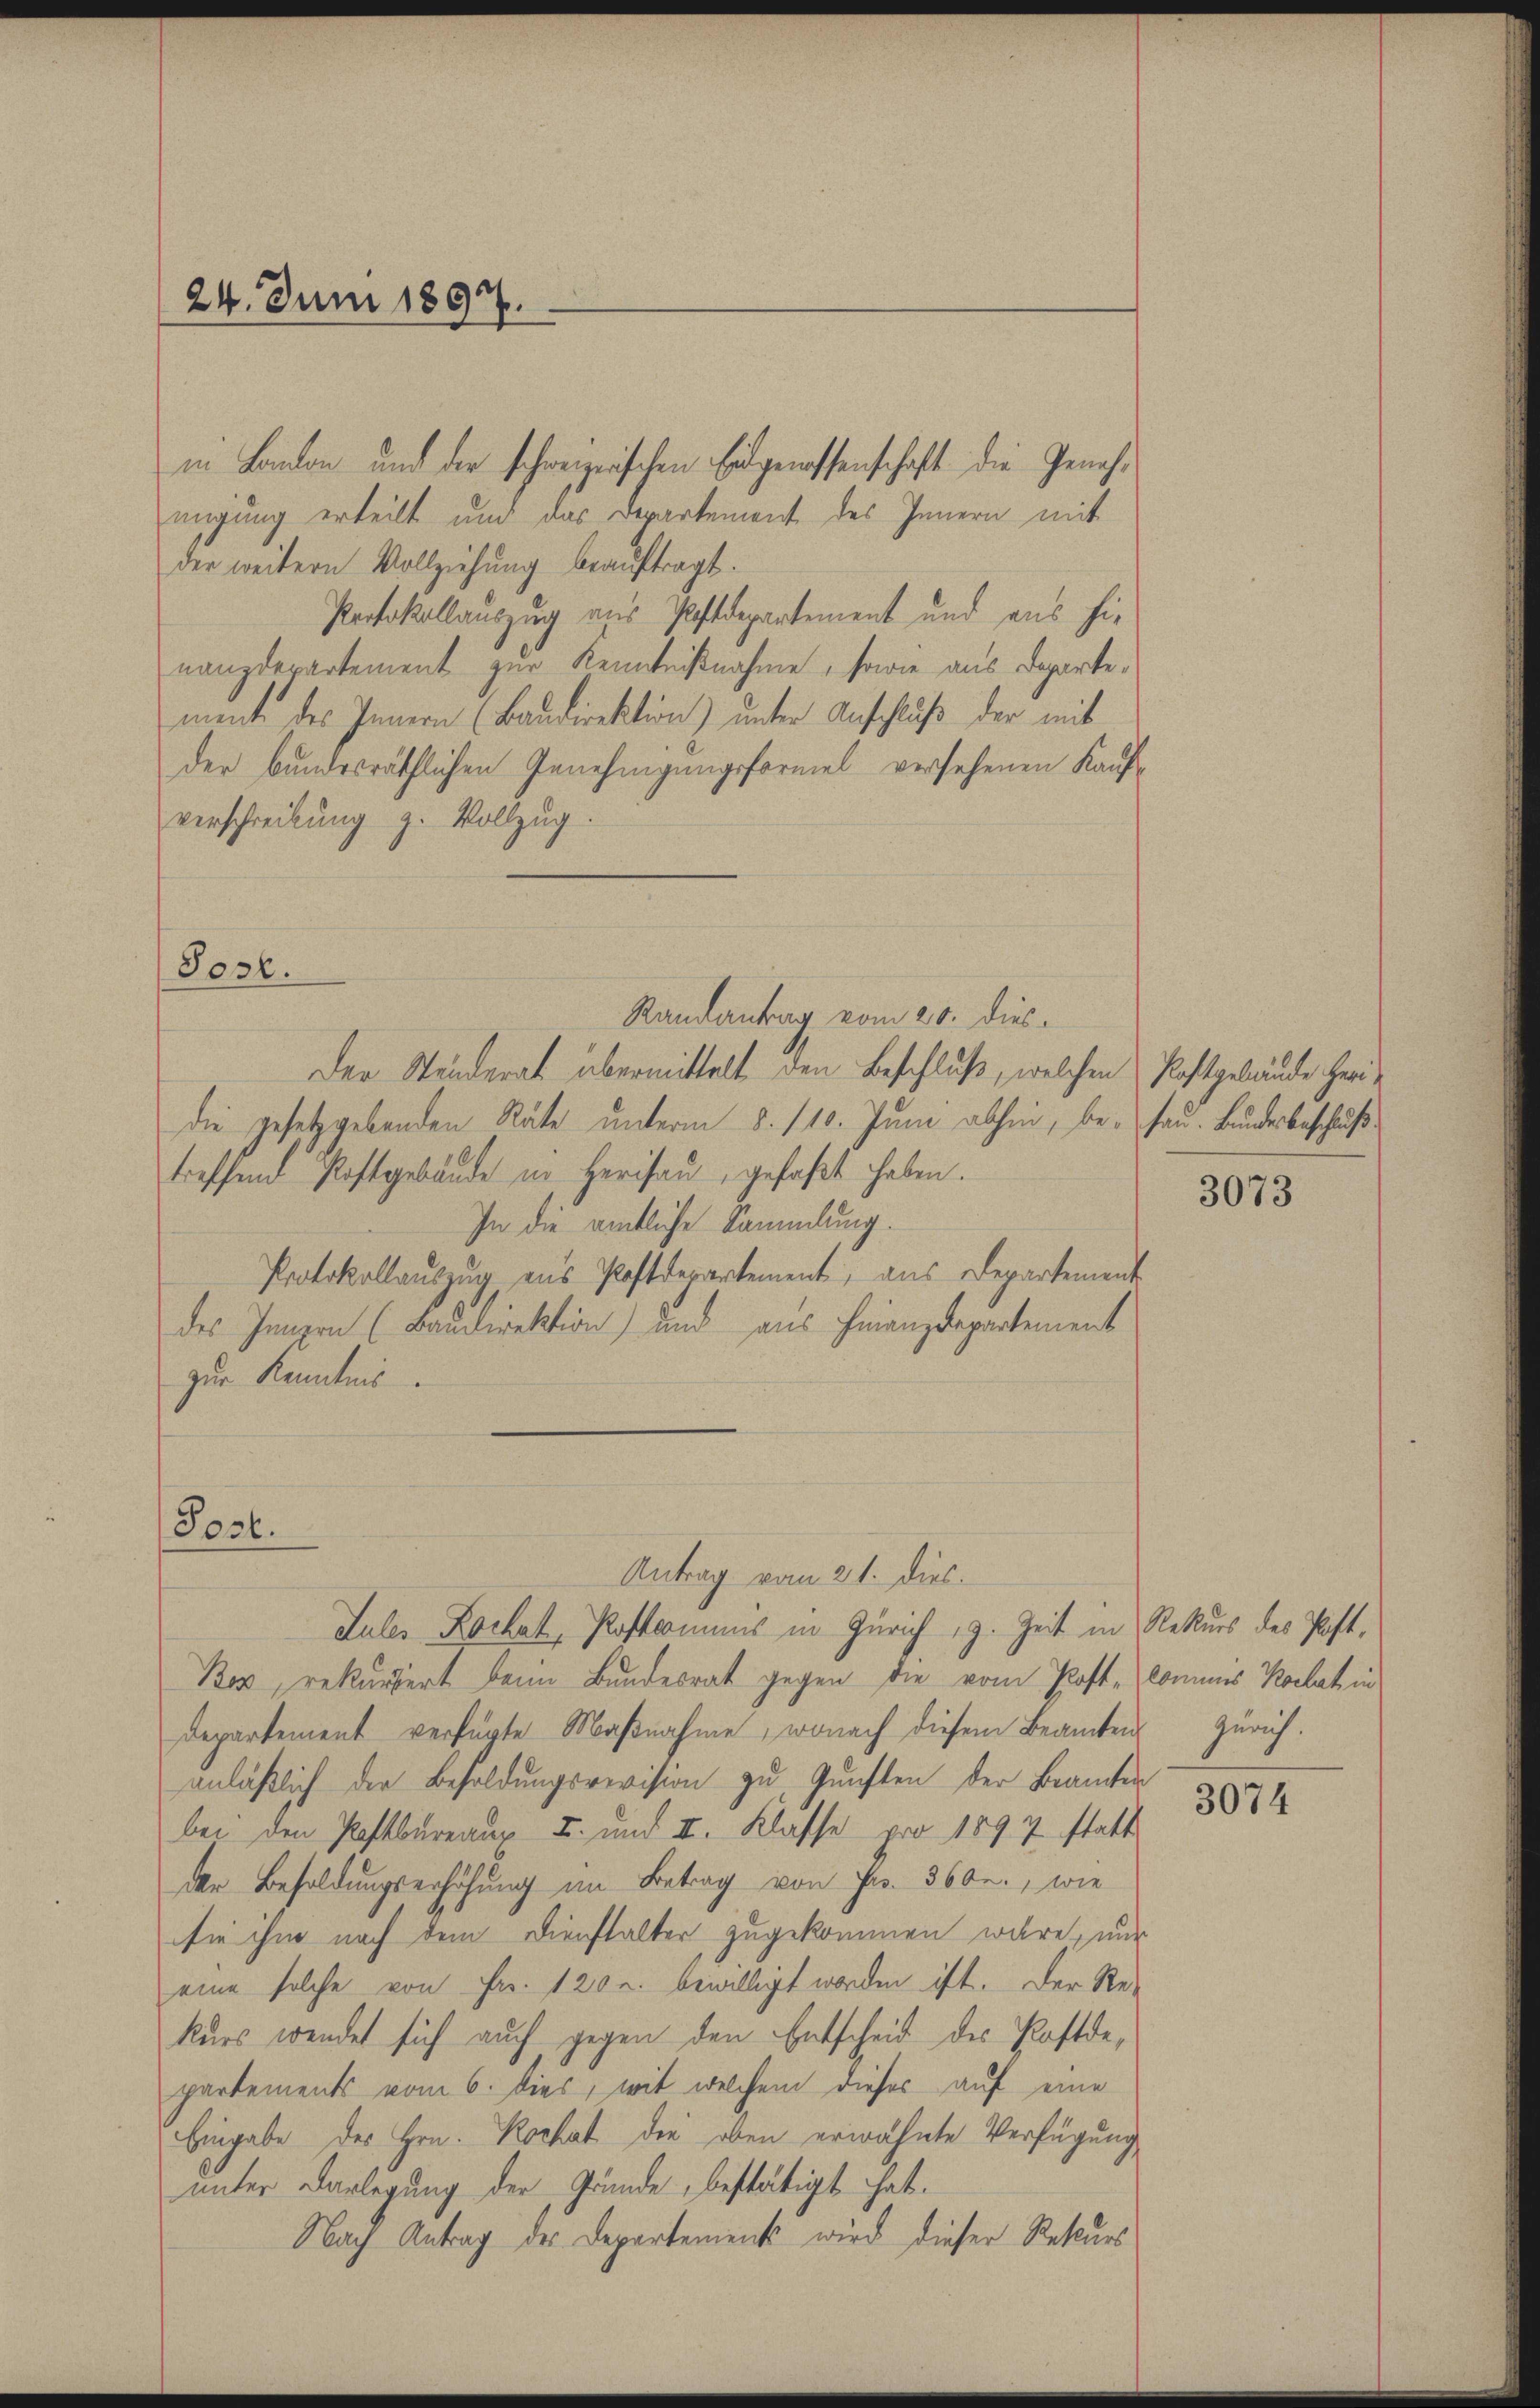
24. Juni 1897.

Post.

in Baulen und der schweizerischen Eidgenossenschaft die Genehmigung erteilt und das Departement des Innern mit
der weitern Vollziehung beauftragt.
Protokollauszug aus Postdepartement und aus hie
nanzdepartement zur Kenntnißnahme, sowie aus Departemente des Innern (Baudirektion) unter Anschluß der mit
der bundesräthlichen Genehmigungsformel versehenen Kaufverschreibŭng z. Vollzug.
Post.
Randantrag vom 20. dies
Der Ständerat übermittelt, den Beschluß, welchen Postgebäude heridie gesetzgebenden Räte unterm 8. 110. Juni abhin, be-Hau. Bundesbeschlußtreffend Postgebäude in Herisau, gefaßt haben.
In die amtliche Sammlung.
Protokollauszug aus Postderartement, aus Departement
des Jungen (Baudirektion) und aus Finanzdepartement
zur Kenntnis.

Antrag vom 21. dies.
Jules Rachat, Postcomuns in Zürich 19. Zeit in Rekurs des Post¬
Ber, rekursert beim Bundesrat gegen die vom Post, kommes Kochat in
Departement verfügte Maßnahme, wonach diesem Beamten Zürich.
anläßlich der Besoldungsrevision zu Gunsten der Beamten
bei den Postbureaux u. und II. Klasse pro 1897 statt
der Besoldungserhöhung im Betrag von Fr. 36 0r., wie
sie ihm nach dem Dienstalter zugekommen wäre, nur
eine solche von Fr. 120 u. bewilligt worden ist. Der Re-
kurs wendet sich auch gegen den Entscheid des Postdepartements vom 6. dies, mit welchem dieses auf eine
Eingabe des Hrn. Kochat der oben erwähnte Verfügung
unter Darlegung der Gründe, bestätigt hat.
Nach Antrag des Departement wird dieser Rekurs

3073

3074